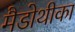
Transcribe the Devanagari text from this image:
मैडोथीका